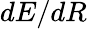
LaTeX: dE/dR